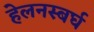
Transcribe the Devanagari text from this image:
हेलनस्बर्घ